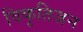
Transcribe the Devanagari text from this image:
विकृतिजन